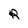
Character: R